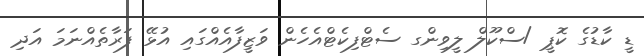
ޑީ ކާޑުގެ ކޮޕީ /ސްކޫލް ލީވިންގ ސެޓްފިކެޓްއެހެން ވަޒީފާއެއްގައި އުޅޭ ފަރާތެއްނަމަ އަދި